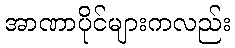
အာဏာပိုင်များကလည်း